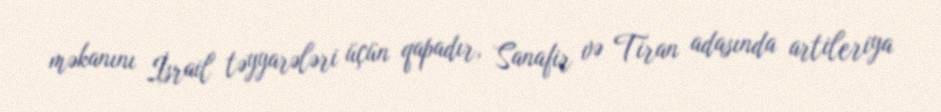
məkanını İsrail təyyarələri üçün qapadır, Sanafir və Tiran adasında artileriya